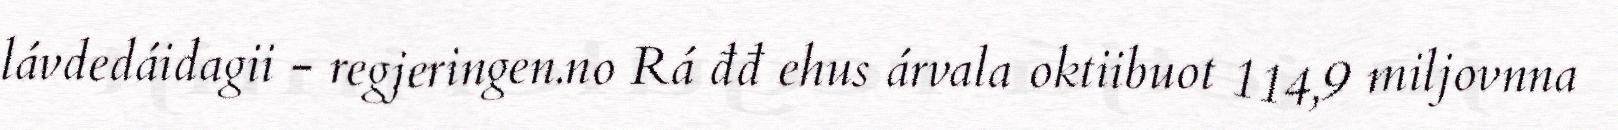
lávdedáidagii - regjeringen.no Rá đđ ehus árvala oktiibuot 114,9 miljovnna